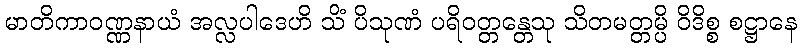
မာတိကာဝဏ္ဏနာယံ အလ္လပါဒေဟိ သိံ ပိသုဏံ ပရိဝတ္တန္တေသု သိတမတ္တမ္ပိ ဝိဒိစ္စ စဋ္ဌာနေ